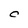
Character: C